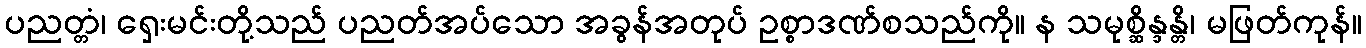
ပညတ္တံ၊ ရှေးမင်းတို့သည် ပညတ်အပ်သော အခွန်အတုပ် ဥစ္စာဒဏ်စသည်ကို။ န သမုစ္ဆိန္ဒန္တိ၊ မဖြတ်ကုန်။